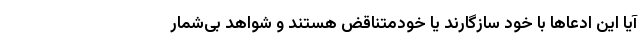
آیا این ادعاها با خود سازگارند یا خودمتناقض هستند و شواهد بی‌شمار